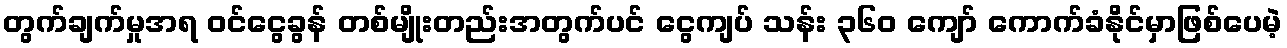
တွက်ချက်မှုအရ ဝင်ငွေခွန် တစ်မျိုးတည်းအတွက်ပင် ငွေကျပ် သန်း ၃၆၀ ကျော် ကောက်ခံနိုင်မှာဖြစ်ပေမဲ့